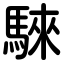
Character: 騋